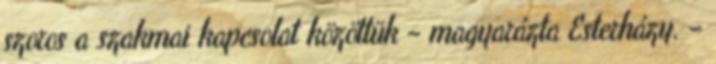
szoros a szakmai kapcsolat közöttük – magyarázta Esterházy. –